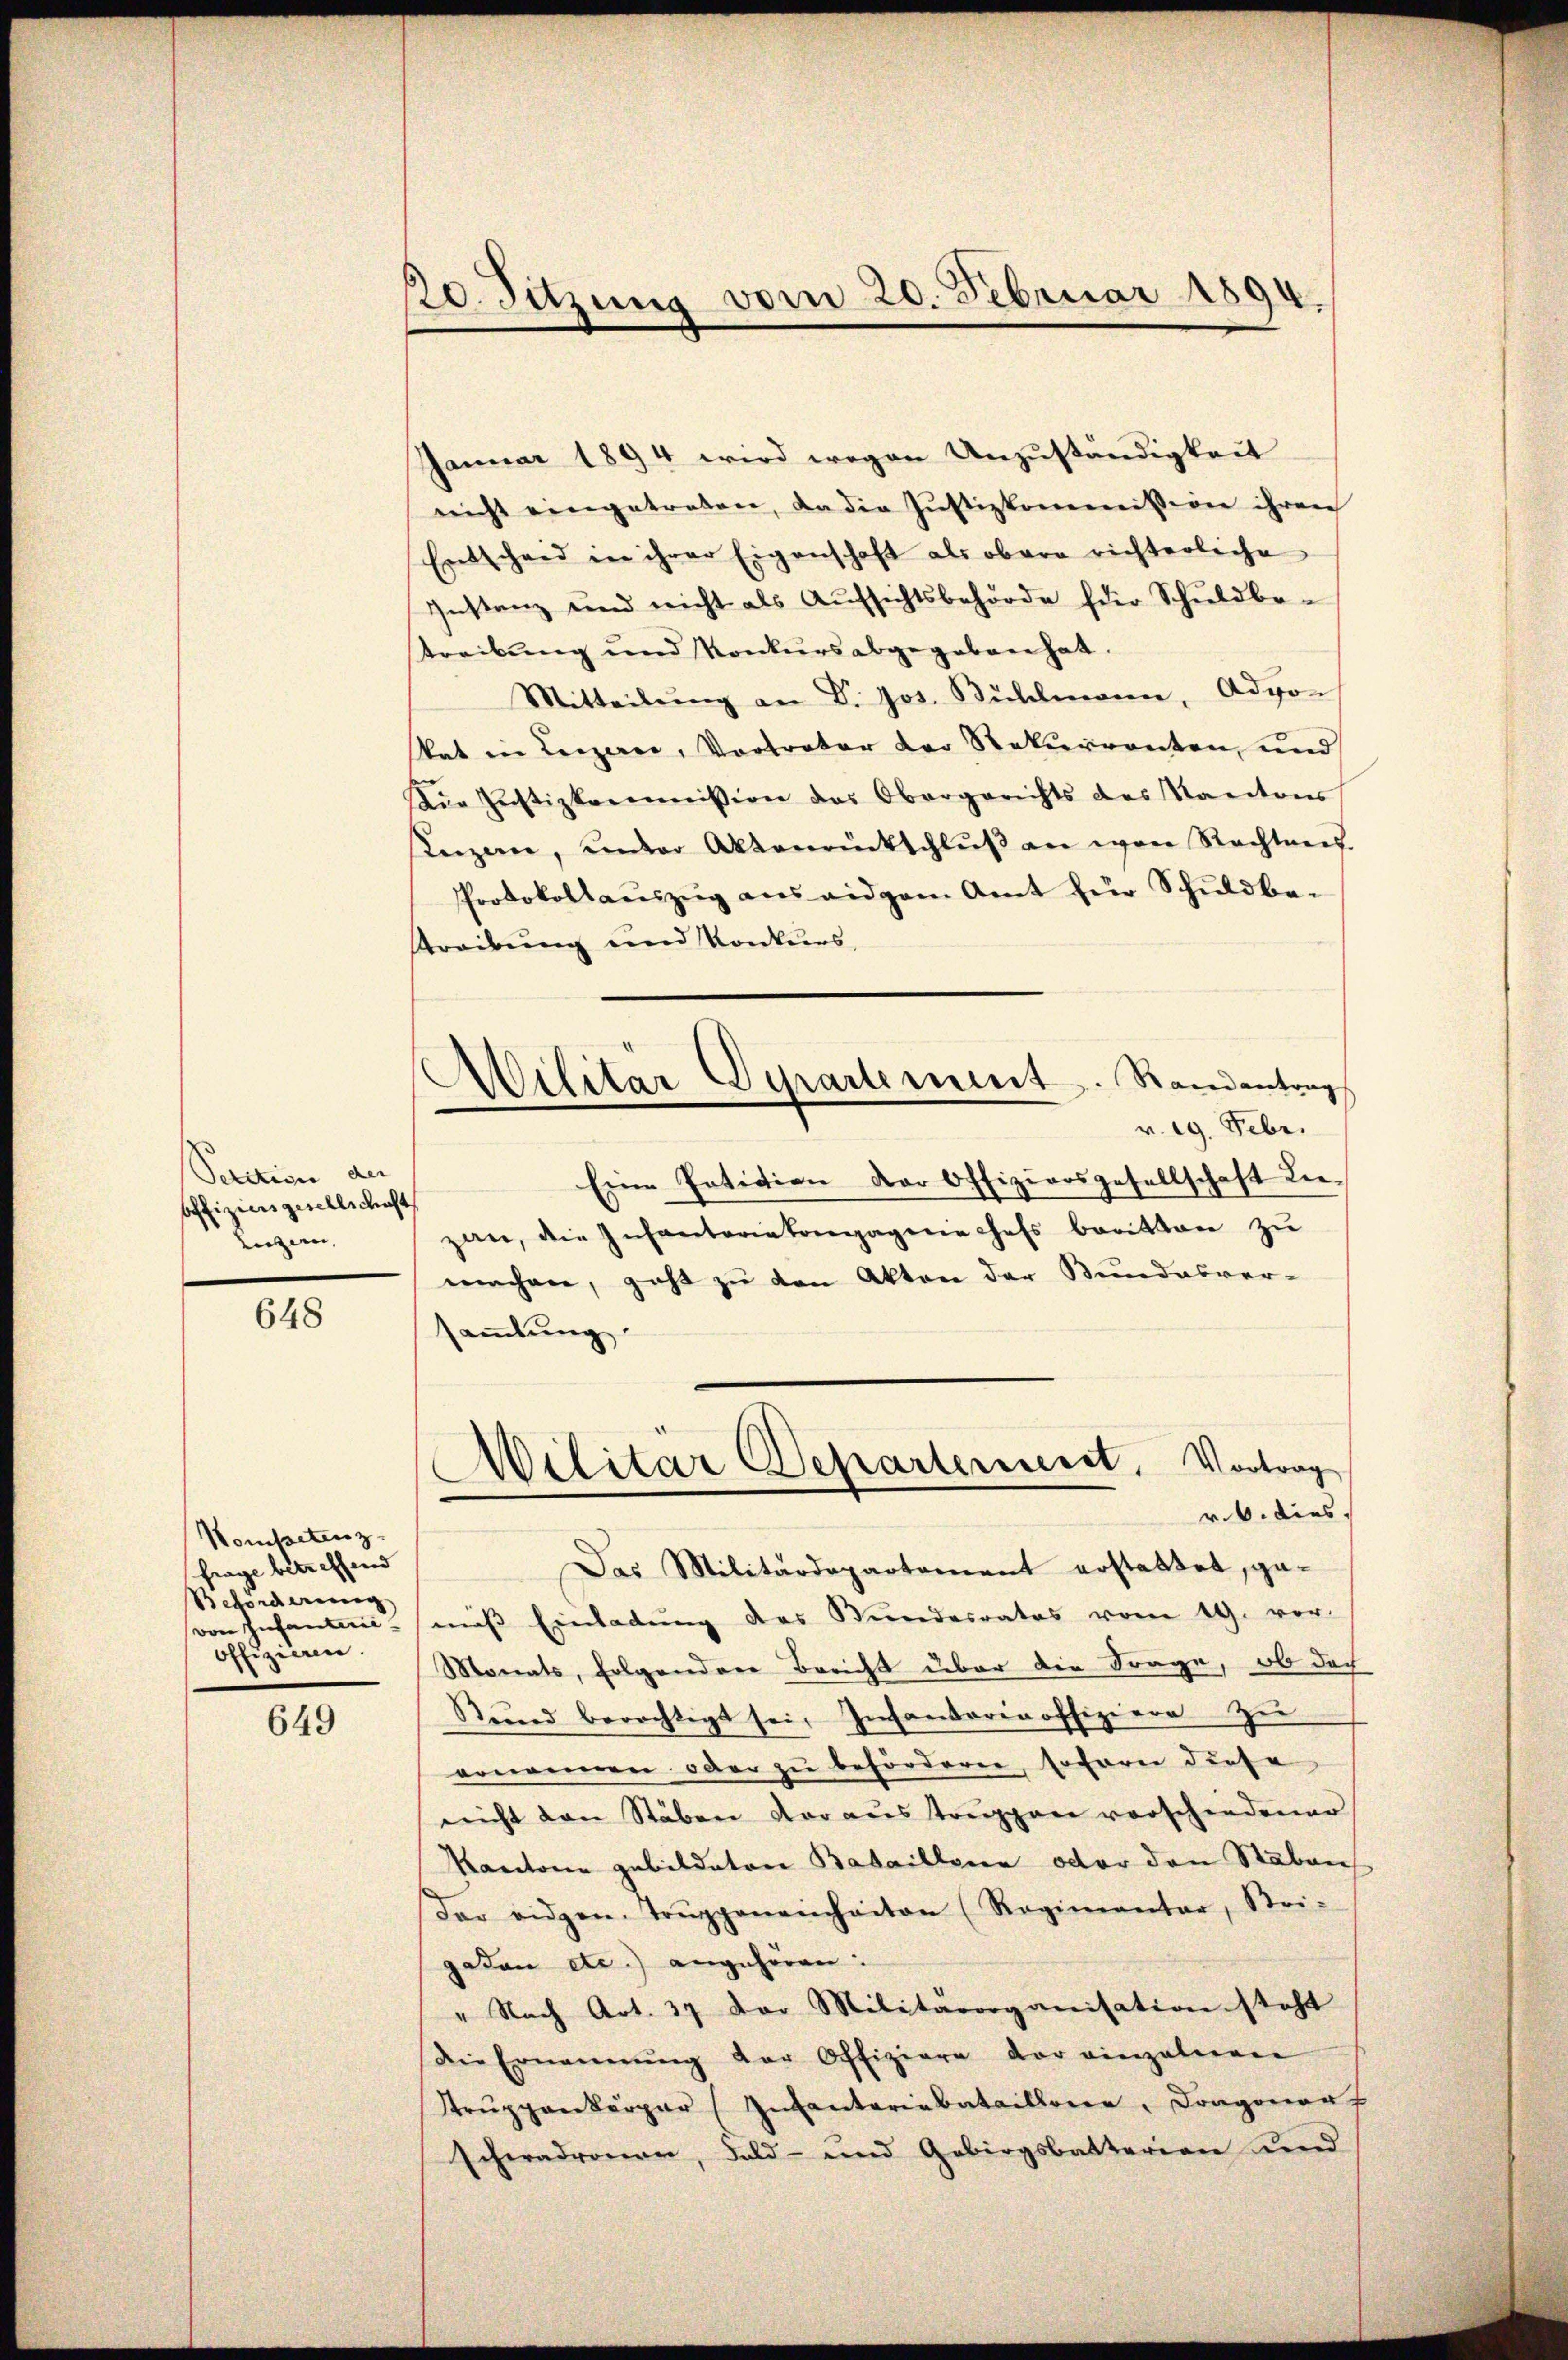
Section der |
offizien gesellschaft
Luzern,

648

Kompetenz
frage betreffend
Beförderung
von Infanterie
offizieren.

649

20. Sitzung vom 20. Februar 1894.

Januar 1894 wird wegen Unzuständigkeit
nicht eingetreten, da die Justizkommission ihren
Entschend in ihrer Eigenschaft als obere richterliche
Instanz und nicht als Aŭfsichtsbehörde für Schuldbe-
treibung und Konkurs abgegeben hat.
Mitteilŭng an Dr. Jos. Bühlmann, Adpo-
kat in Leizerer, Vortreter der Rekurrenten, und
Die Justizkommission das Obergerichts des Kantons
sezen, inder Aktenrentschlŭβ an war Rechteres.
Protokollaŭszŭg ans eidgem Amt für Schuldbe-
streibung und Konkurs,
Militär Departement. Standentrag
v. 19. Febr.
Eine Petition der Offiziersgesellschaft Lie-
zan, die Infantariatengagnie chefs baritten zŭ
machen, geht zu den Akten der Bundesver-
saṁlŭng

Militär Departerneret, Vortrag
r. 6. dies

Das Militärdepartement erstattet, gamaß Einladung des Stundesrates vom 19. vor-
Monats, folgendere Bericht über die Frage, ob doch
Stŭnd berechtigt sei. Infantaren offiziere Zu
ernennen oder zu beförderen, sofern diese
nicht den Stäben daraus truppen vorschiedener
Kantone gebildeten Bataillona octor den Staben
Der eidgen. Trŭppeneinheiten (Regimentar, Strei-
getan etc.) angehören:
" Nach Art. 37 der Militärorganisation steht
Die Ernennung der Offiziere der einzulegen
Strŭppenkörper (Infantariabataillone, Dragonen
schwadronen, Feld- und Gebirgsbatterien und